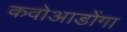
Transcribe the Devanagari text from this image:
कवोआडोंगा